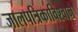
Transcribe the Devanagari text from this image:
जालपत्रिकाविश्वाने